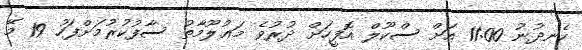
ހެނދުނު 11:00 އަށް ސްކޫލް އޮފީހަށް ދުރުވެ މަޢުލޫމާތު ސާފުކުރުމަށްފަހު 19 މޭ